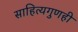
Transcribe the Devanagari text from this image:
साहित्यगुणही